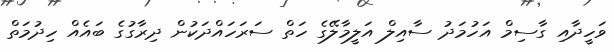
ވަހީދާއި ގާސިމް އަހުމަދު ސާއިލް އަލީމާލޭގެ ހަތް ސަރަހައްދަކުން ދިރާގުގެ ބައެއް ހިދުމަތް